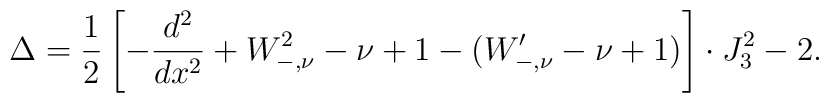
\Delta=\frac{1}{2}\left[-\frac{d^2}{dx^2}+W_{-,\nu}^2-\nu+1-(W'_{-,\nu}-\nu+1)\right]\cdot J_3^2-2.